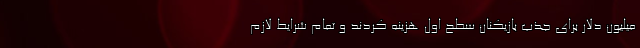
میلیون دلار برای جذب بازیکنان سطح اول هزینه کردند و تمام شرایط لازم